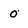
Character: 0